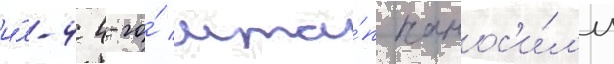
и́л-4 4-го́ мта́п нанос'и́л'и